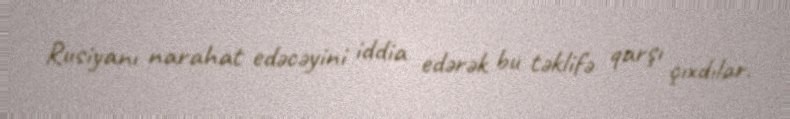
Rusiyanı narahat edəcəyini iddia edərək bu təklifə qarşı çıxdılar.